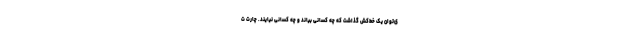
ی‌توان یک خط‌کش گذاشت که چه کسانی بیاند و چه کسانی نیایند. چارت ت